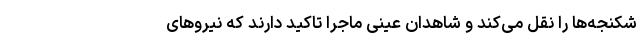
شکنجه‌ها را نقل می‌کند و شاهدان عینی ماجرا تاکید دارند که نیرو‌های